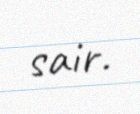
sair.